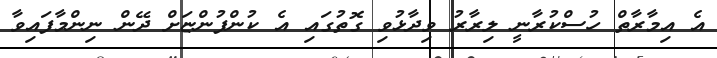
އެ އިމާރާތް ހުސްކުރާނީ ލިރާރު ވިދާޅުވި ގޮތުގައި އެ ކުންފުންޏަށް ދޭން ނިންމާފައިވާ